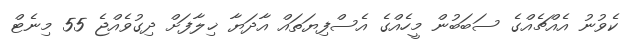
ކެވުނު އެއްޗެއްގެ ސަބަބުން މީހެއްގެ އެސްފިޔަތައް އާދަޔާ ޚިލާފަށް ދިގުވެއްޖެ 55 މިނެޓް